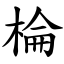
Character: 棆